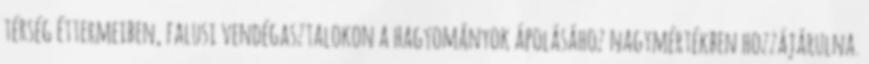
térség éttermeiben, falusi vendégasztalokon a hagyományok ápolásához nagymértékben hozzájárulna.